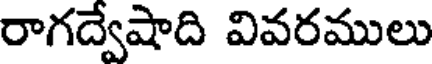
రాగద్వేషాది వివరములు